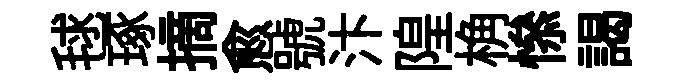
毬琢摘愈號汴隍桷𢡖謁